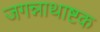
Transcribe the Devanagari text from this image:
जगन्नाथाष्टक